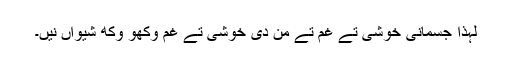
لہٰذا جسمانی خوشی تے غم تے من دی خوشی تے غم وکھو وکھ شیواں نیں۔